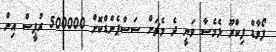
ފޯވާޑް ފިކްރޫ ލެމެސާ ވަނީ ދެ މެޗަށް ސަސްޕެންޑްކޮށް 500000 ރުޕީސް އިން